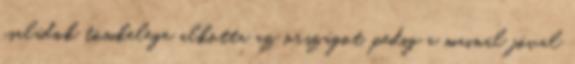
családok tömkelege alkotta az országot, pedig a mainál jóval